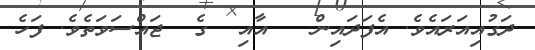
ދަގުއިއަރައެވެ. އެފަދައިން   އާއި  ގެ  ޖައްސަވަތެވެ. ފަހެ